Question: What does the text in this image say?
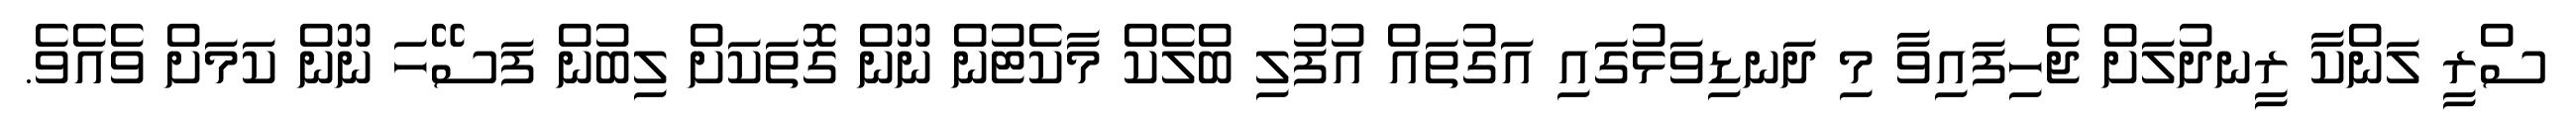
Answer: ސްރީ ލަންކާ ރީނދުލަށް ޖެހިފައިވާ މި ދަނޑިވަޅުގައި އަގުތައް އުފުލި ބްލެކް މާކެޓުން ނޫން ގޮތަކަށް ލިބުން ފަސޭހަ ނޫން ކަމަށް ވެއެވެ.